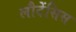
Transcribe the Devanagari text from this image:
लौदेंसिस